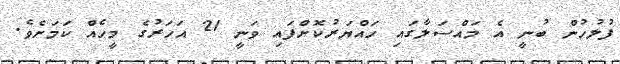
ފުލުހުން ބުނީ އެ މައްސަލާގައި ހައްޔަރުކޮށްފައި ވަނީ 21 އަހަރުގެ މީހެއް ކަމަށެވެ.